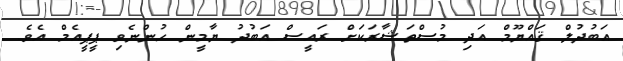
އަބުދުލް ޤައްޔޫމް އަދި މުސްތަޝާރަކަށް ރައީސް އަބުދު ޔާމީން ހުންނެވި ޕީޕީއެމް އެވެ.